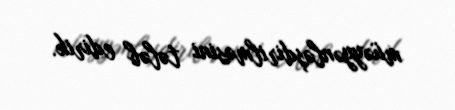
müəyyənləşdirilməsini tələb edirik.